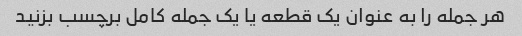
هر جمله را به عنوان یک قطعه یا یک جمله کامل برچسب بزنید